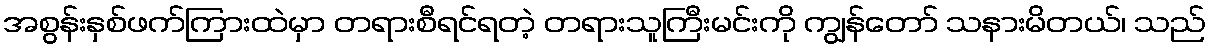
အစွန်းနှစ်ဖက်ကြားထဲမှာ တရားစီရင်ရတဲ့ တရားသူကြီးမင်းကို ကျွန်တော် သနားမိတယ်၊ သည်